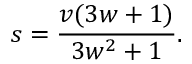
s = \frac { v ( 3 w + 1 ) } { 3 w ^ { 2 } + 1 } .